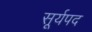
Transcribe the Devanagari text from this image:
सूर्यपद